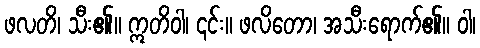
ဖလတိ၊ သီး၏။ ဣတိဝါ၊ ၎င်း။ ဖလိတော၊ အသီးရောက်၏။ ဝါ၊